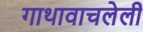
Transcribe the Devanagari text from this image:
गाथावाचलेली